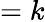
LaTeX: =k